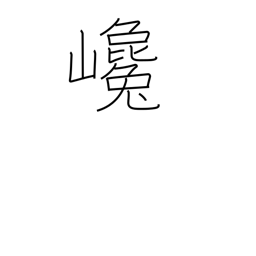
Meaning: rising steeply